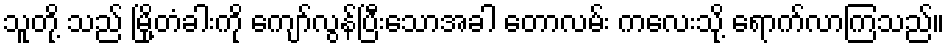
သူတို့ သည် မြို့တံခါးကို ကျော်လွန်ပြီးသောအခါ တောလမ်း ကလေးသို့ ရောက်လာကြသည်။